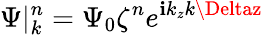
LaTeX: \Psi|_{k}^{n}=\Psi_{0}\zeta^{n}e^{\mathbf{i}k_{z}k\Deltaz}